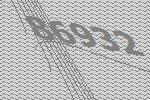
86932